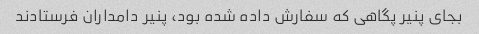
بجای پنیر پگاهی که سفارش داده شده بود، پنیر دامداران فرستادند